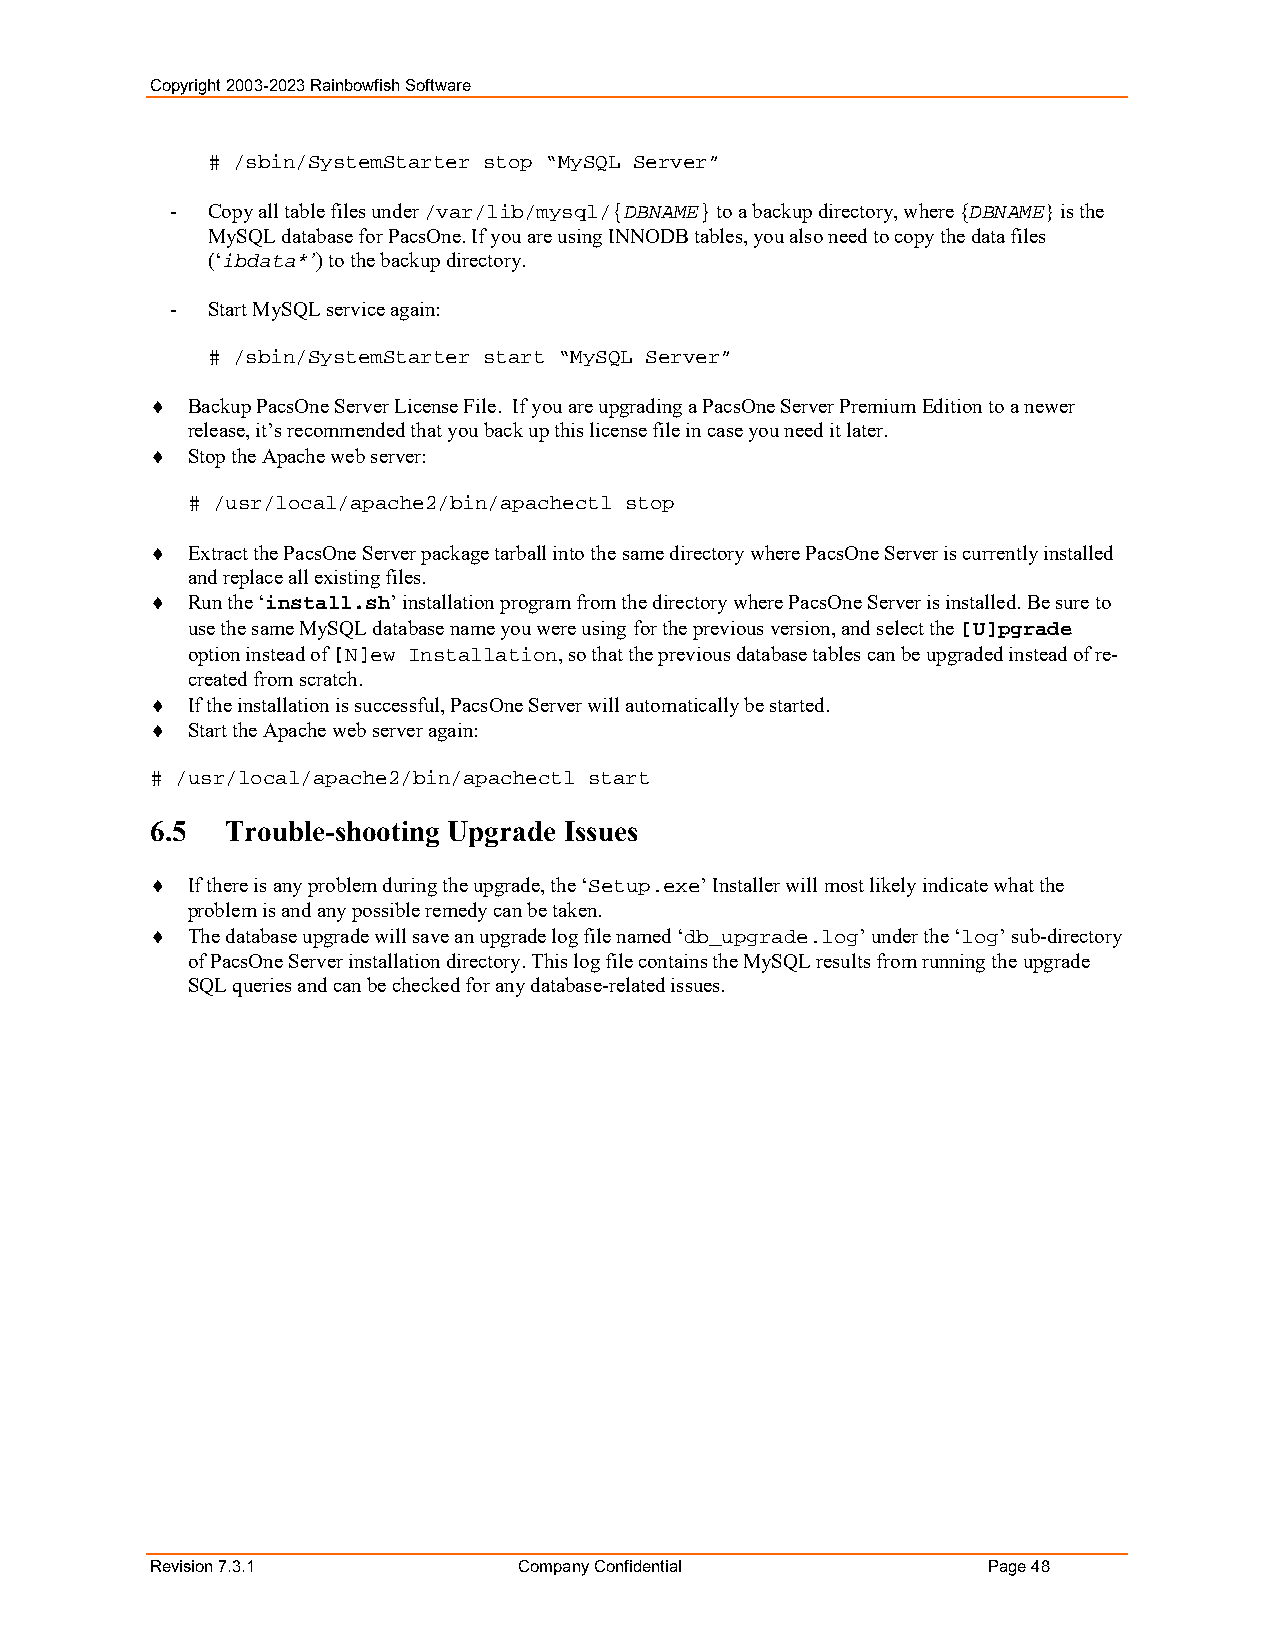
Copyright 2003-2023 Rainbowfish Software
 # /sbin/SystemStarter stop “MySQL Server”
 -  Copy all table files under /var/lib/mysql/{DBNAME} to a backup directory, where {DBNAME} is the
 MySQL database for PacsOne. If you are using INNODB tables, you also need to copy the data files
 (‘ibdata*’) to the backup directory.
 -  Start MySQL service again:
 # /sbin/SystemStarter start “MySQL Server”
  Backup PacsOne Server License File. If you are upgrading a PacsOne Server Premium Edition to a newer
 release, it’s recommended that you back up this license file in case you need it later.
  Stop the Apache web server:
 # /usr/local/apache2/bin/apachectl stop
  Extract the PacsOne Server package tarball into the same directory where PacsOne Server is currently installed
 and replace all existing files.
  Run the ‘install.sh’ installation program from the directory where PacsOne Server is installed. Be sure to
 use the same MySQL database name you were using for the previous version, and select the [U]pgrade
 option instead of [N]ew Installation, so that the previous database tables can be upgraded instead of re-
 created from scratch.
  If the installation is successful, PacsOne Server will automatically be started.
  Start the Apache web server again:
 # /usr/local/apache2/bin/apachectl start
 6.5  Trouble-shooting Upgrade Issues
  If there is any problem during the upgrade, the ‘Setup.exe’ Installer will most likely indicate what the
 problem is and any possible remedy can be taken.
  The database upgrade will save an upgrade log file named ‘db_upgrade.log’ under the ‘log’ sub-directory
 of PacsOne Server installation directory. This log file contains the MySQL results from running the upgrade
 SQL queries and can be checked for any database-related issues.
 Revision 7.3.1          Company Confidential           Page 48